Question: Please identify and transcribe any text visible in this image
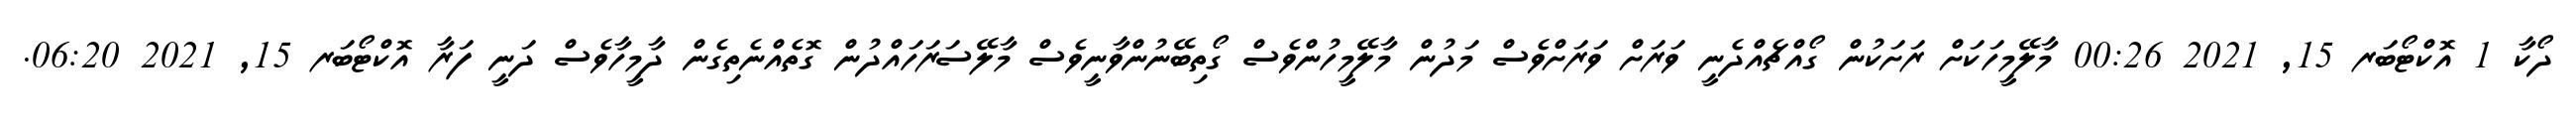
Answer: ދޯކާ 1 އޮކްޓޯބަރ 15, 2021 00:26 މާލޭމީހަކަށް ރަށަކުން ގޯއްޗެއްދެނީ ވަރަށް ވަރަށްވެސް މަދުން މާލޭމީހުންވެސް ގޯތިބޭނުންވާނީވެސް މާލޭސަރަހައްދުން ގޮތެއްނެތިގެން ދާމީހާވެސް ދަނީ ފަރާ އޮކްޓޯބަރ 15, 2021 06:20.